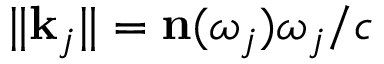
\| \mathbf { k } _ { j } \| = \mathbf { n } ( \omega _ { j } ) \omega _ { j } / c